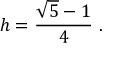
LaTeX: h = { \frac { { \sqrt { 5 } } - 1 } { 4 } } \ .